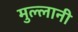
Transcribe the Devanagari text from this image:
मुल्लानी